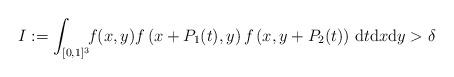
LaTeX: \begin{align*}I:=\int_{[0,1]^3} \!\! f(x,y)f\left(x+P_1(t),y\right)f\left(x,y+P_2(t)\right) \,\mathrm{d}t\mathrm{d}x\mathrm{d}y>\delta\end{align*}